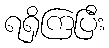
ရရှိကြပြီး